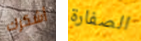
أشكرك الصفارة